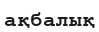
ақбалық